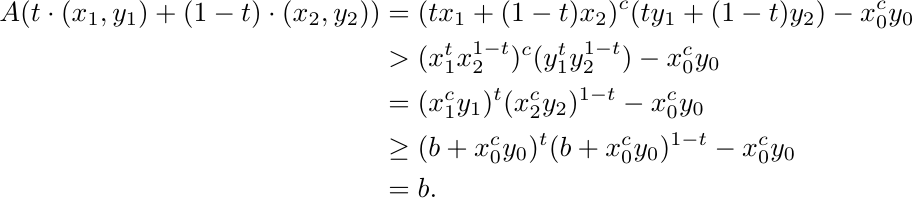
    \begin{align*}
        A(t\cdot (x_1, y_1) + (1-t) \cdot (x_2, y_2)) &= (tx_1 + (1-t)x_2)^c (ty_1 + (1-t)y_2) - x_0^c y_0\\
        &> (x_1^t x_2^{1-t})^c (y_1^t y_2^{1-t}) - x_0^c y_0\\
        &= (x_1^c y_1)^t (x_2^c y_2)^{1-t} - x_0^c y_0\\
        &\ge (b + x_0^c y_0)^t (b + x_0^c y_0)^{1-t} - x_0^c y_0\\
        &= b.
    \end{align*}